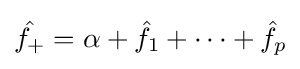
{\hat {f_{+}}}=\alpha +{\hat {f_{1}}}+\dots +{\hat {f_{p}}}